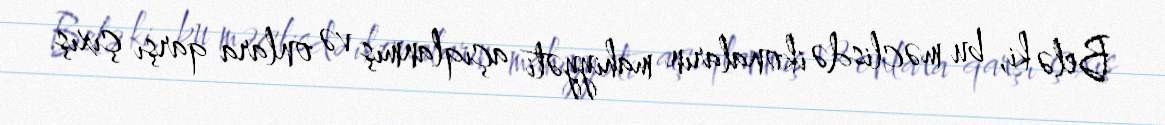
Belə ki, bu məclisdə ikonaların mahiyyəti açıqlanmış və onlara qarşı çıxış